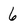
Character: 6